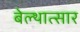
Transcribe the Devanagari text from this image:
बेल्थात्सार